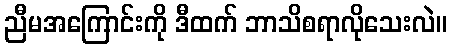
ညီမအကြောင်းကို ဒီထက် ဘာသိစရာလိုသေးလဲ။